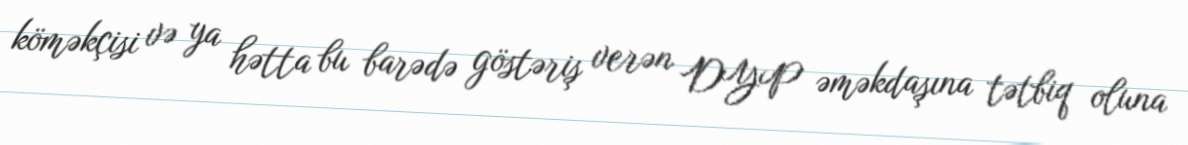
köməkçisi və ya hətta bu barədə göstəriş verən DYP əməkdaşına tətbiq oluna